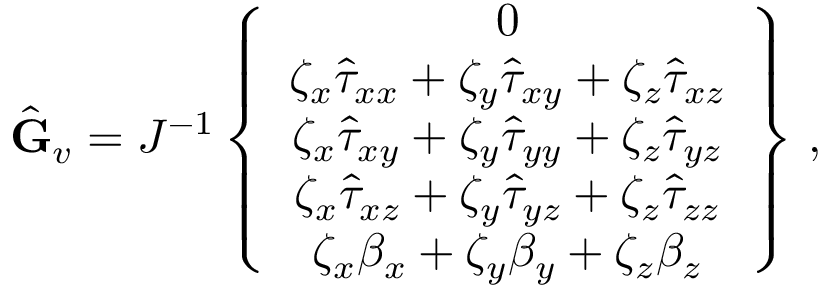
\hat { \mathbf { G } } _ { v } = J ^ { - 1 } \left\{ \begin{array} { c } { 0 } \\ { \zeta _ { x } \hat { \tau } _ { x x } + \zeta _ { y } \hat { \tau } _ { x y } + \zeta _ { z } \hat { \tau } _ { x z } } \\ { \zeta _ { x } \hat { \tau } _ { x y } + \zeta _ { y } \hat { \tau } _ { y y } + \zeta _ { z } \hat { \tau } _ { y z } } \\ { \zeta _ { x } \hat { \tau } _ { x z } + \zeta _ { y } \hat { \tau } _ { y z } + \zeta _ { z } \hat { \tau } _ { z z } } \\ { \zeta _ { x } { \beta } _ { x } + \zeta _ { y } { \beta } _ { y } + \zeta _ { z } { \beta } _ { z } } \end{array} \right\} \, \mathrm { , }